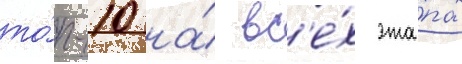
то́п-10 на́ вс'е́х эта́пах